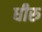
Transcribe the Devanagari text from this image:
धीरु